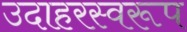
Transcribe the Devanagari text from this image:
उदाहरस्वरूप